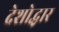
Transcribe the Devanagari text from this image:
देशोद्धार